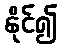
နိုင်၍